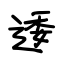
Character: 逶